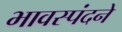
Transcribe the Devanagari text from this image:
भावस्पंदने